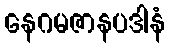
နေဂမဇာနပဒါနံ